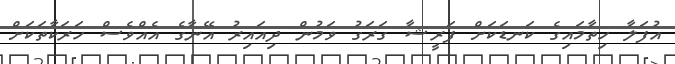
އުފަލާ ހިތާމައިގެ ކަނޑަކަށް ފަރީޝާ ގަރަގު ވަމުން ދިއައިރު އޭނާގެ އެއްވެސް ހަރަކާތަކަށް